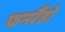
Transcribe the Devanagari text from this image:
फनरैंडो